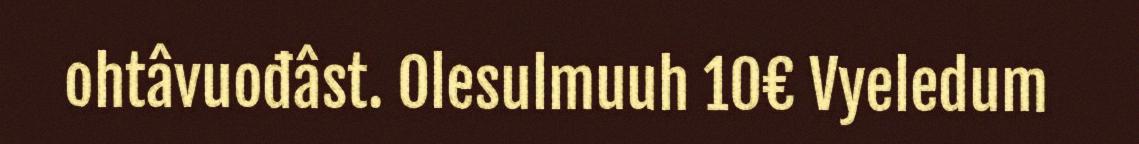
ohtâvuođâst. Olesulmuuh 10€ Vyeledum